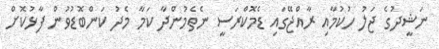
ނަޝީދުގެ ޖަލު ހުކުމާއި ރާއްޖޭގައި ޑެމޮކްރަސީ ނެތެމުންދާ ކަމާ މެދު ކަންބޮޑުވުން ފާޅުކޮށް